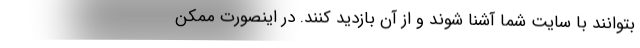
بتوانند با سایت شما آشنا شوند و از آن بازدید کنند. در اینصورت ممکن